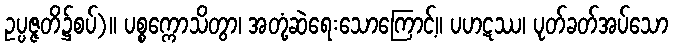
ဥပ္ပဇ္ဇတိ၌စပ်)။ ပစ္စက္ကောသိတွာ၊ အတုံ့ဆဲရေးသောကြောင့်။ ပဟဋဿ၊ ပုတ်ခတ်အပ်သော